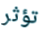
تؤثر